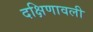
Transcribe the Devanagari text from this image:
दक्षिणावली